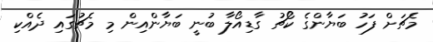
މެޗަށް ފަހު ބަޔާންގެ ކޯޗު ގާޑިއޯލާ ބުނީ ބަޔާންއިން މި މެޗުގައި ދެއްކި